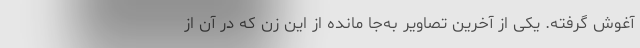
آغوش گرفته. یکی از آخرین تصاویر به‌جا مانده از این زن که در آن از